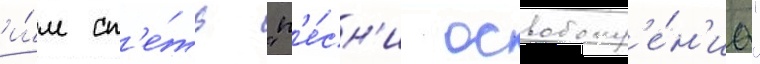
и́м сп'е́ть "п'е́сн'и освобожд'е́н'иа"